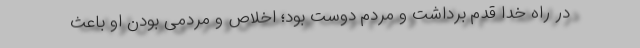
در راه خدا قدم برداشت و مردم دوست بود؛ اخلاص و مردمی بودن او باعث